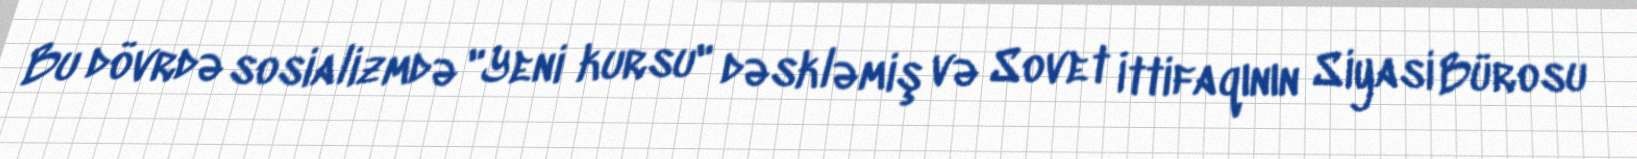
Bu dövrdə sosializmdə "Yeni kursu" dəskləmiş və Sovet İttifaqının Siyasi Bürosu